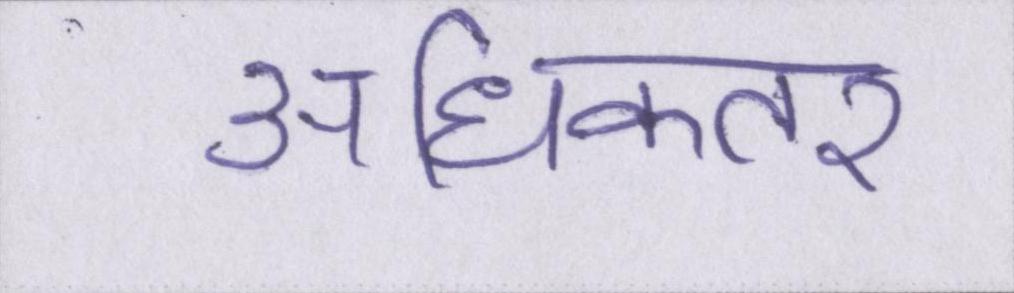
अधिकतर